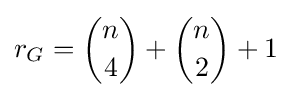
r_{G}={n \choose 4}+{n \choose 2}+1